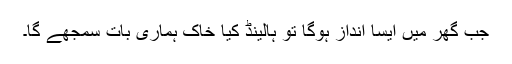
جب گھر میں ایسا انداز ہوگا تو ہالینڈ کیا خاک ہماری بات سمجھے گا۔